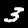
Label: 3